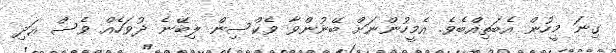
ގިނަ މީހުން އެބަތިއްބެވެ. އެމީހުންނަށް ބޭނުންވާ ވެކްސިން ލިބޭނެ ދުވަހެއް ވެސް އަދި